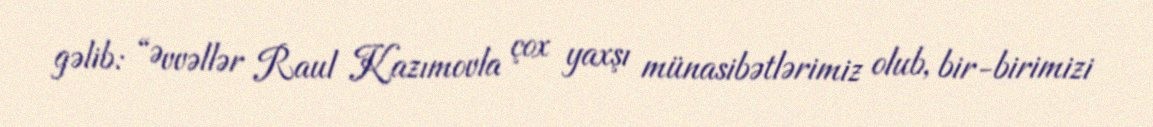
gəlib: “Əvvəllər Raul Kazımovla çox yaxşı münasibətlərimiz olub, bir-birimizi